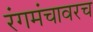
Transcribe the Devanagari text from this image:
रंगमंचावरच